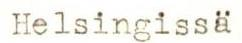
Helsingissä